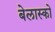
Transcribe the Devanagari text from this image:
बेलास्को